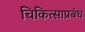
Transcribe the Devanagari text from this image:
चिकित्साप्रबंध